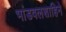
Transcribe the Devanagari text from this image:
भांडवलशाहिने